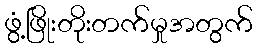
ဖွံ့ဖြိုးတိုးတက်မှုအတွက်